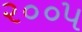
૨૦૦૫